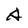
Character: A